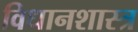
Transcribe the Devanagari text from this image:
विधानशास्त्र